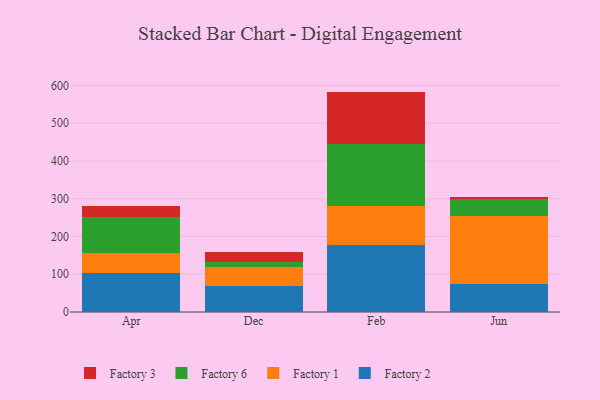
{"axis": {"x": "Month", "y": "Bounce Rate (%)"}, "legend": ["Factory 1", "Factory 2", "Factory 3", "Factory 6"], "data": [{"x": "Apr", "y": 104.1, "type": "Factory 2"}, {"x": "Apr", "y": 52.5, "type": "Factory 1"}, {"x": "Apr", "y": 95.2, "type": "Factory 6"}, {"x": "Apr", "y": 28.4, "type": "Factory 3"}, {"x": "Dec", "y": 68.5, "type": "Factory 2"}, {"x": "Dec", "y": 50.5, "type": "Factory 1"}, {"x": "Dec", "y": 14.4, "type": "Factory 6"}, {"x": "Dec", "y": 25.7, "type": "Factory 3"}, {"x": "Feb", "y": 177.9, "type": "Factory 2"}, {"x": "Feb", "y": 101.6, "type": "Factory 1"}, {"x": "Feb", "y": 164.2, "type": "Factory 6"}, {"x": "Feb", "y": 140.0, "type": "Factory 3"}, {"x": "Jun", "y": 73.9, "type": "Factory 2"}, {"x": "Jun", "y": 179.6, "type": "Factory 1"}, {"x": "Jun", "y": 45.6, "type": "Factory 6"}, {"x": "Jun", "y": 5.5, "type": "Factory 3"}]}